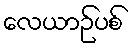
လေယာဉ်ပစ်